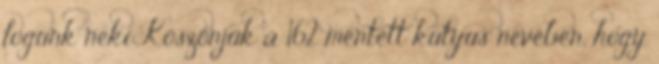
fogunk neki Köszönjük a 162 mentett kutyus nevében, hogy